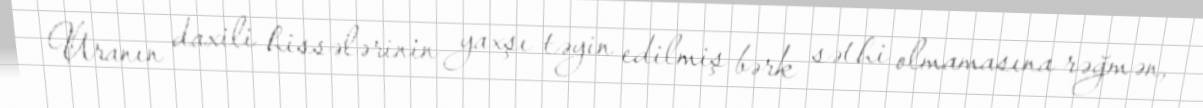
Uranın daxili hissələrinin yaxşı təyin edilmiş bərk səthi olmamasına rəğmən,